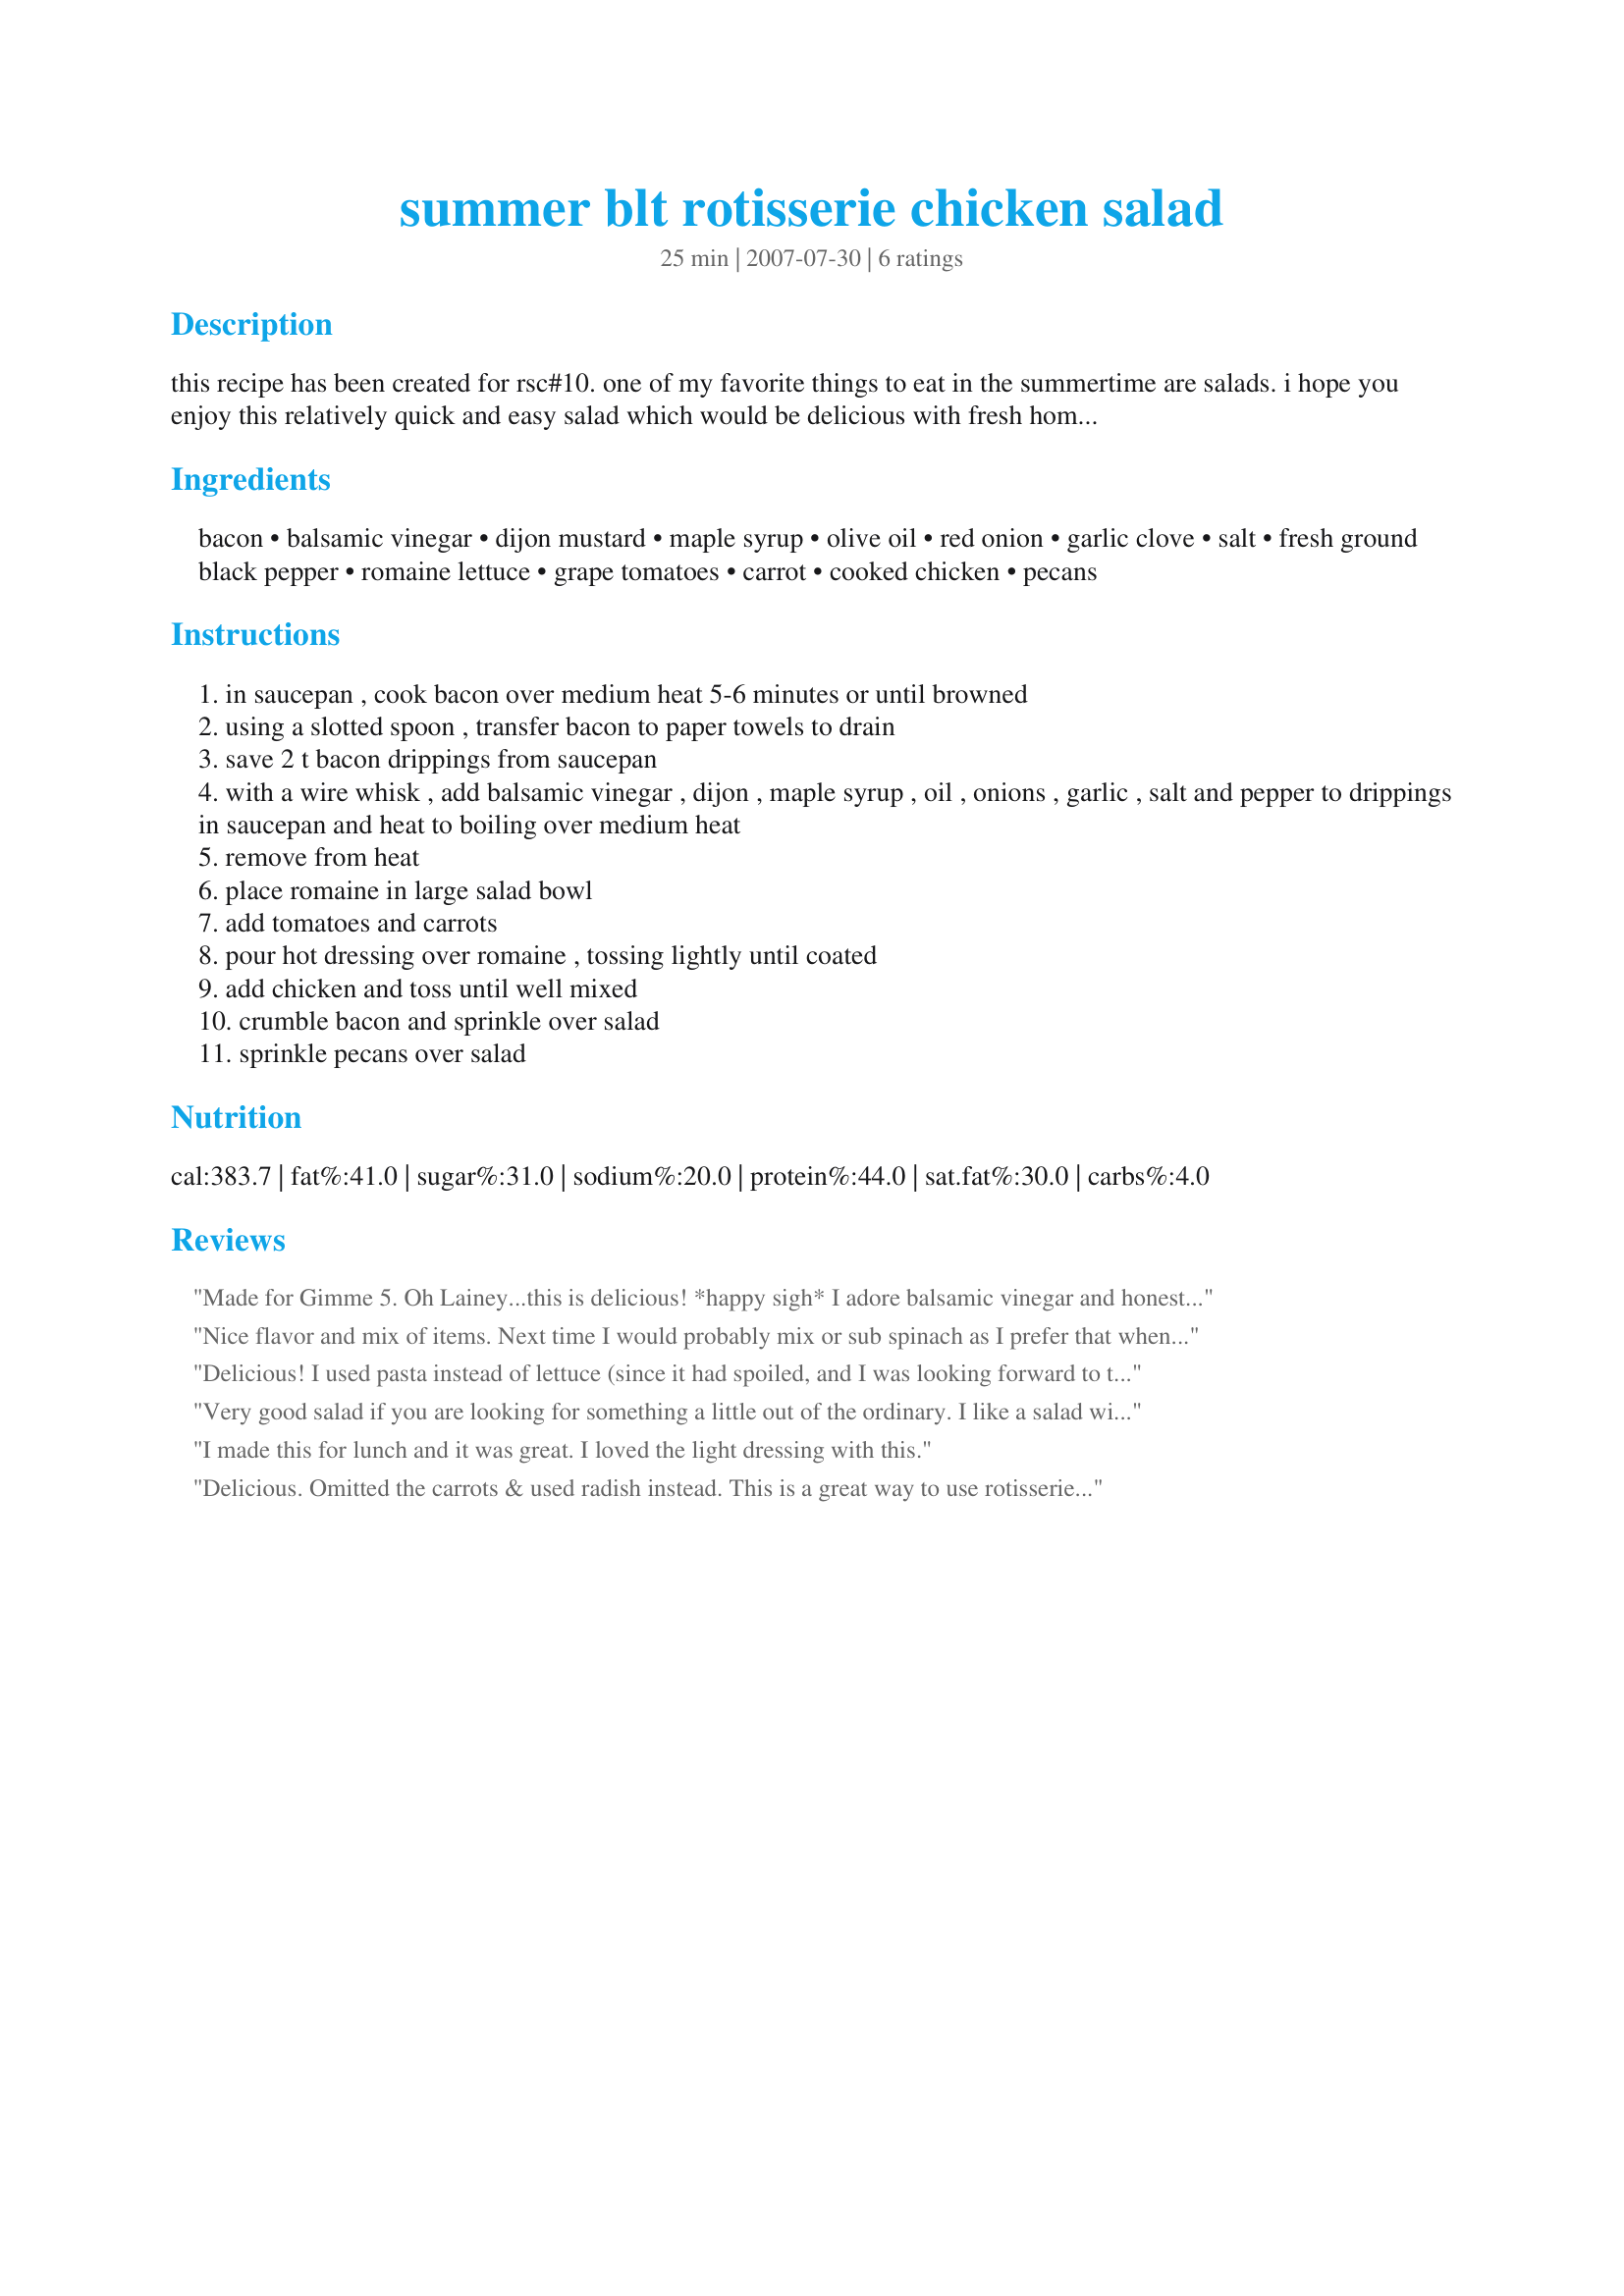
summer blt rotisserie chicken salad
Preparation time: 25 minutes

this recipe has been created for rsc#10. one of my favorite things to eat in the summertime are salads. i hope you enjoy this relatively quick and easy salad which would be delicious with fresh homegrown vegetables.

Ingredients:
bacon, balsamic vinegar, dijon mustard, maple syrup, olive oil, red onion, garlic clove, salt, fresh ground black pepper, romaine lettuce, grape tomatoes, carrot, cooked chicken, pecans

Steps:
in saucepan , cook bacon over medium heat 5-6 minutes or until browned
using a slotted spoon , transfer bacon to paper towels to drain
save 2 t bacon drippings from saucepan
with a wire whisk , add balsamic vinegar , dijon , maple syrup , oil , onions , garlic , salt and pepper to drippings in saucepan and heat to boiling over medium heat
remove from heat
place romaine in large salad bowl
add tomatoes and carrots
pour hot dressing over romaine , tossing lightly until coated
add chicken and toss until well mixed
crumble bacon and sprinkle over salad
sprinkle pecans over salad

Reviews:
Made for Gimme 5.
Oh Lainey...this is delicious!
*happy sigh*
I adore balsamic vinegar and honestly...anything with bacon HAS to be yummy!
A wonderful flavourful salad that is made simple and quick by using a store-bought rotisserie chicken!
Nice flavor and mix of items. Next time I would probably mix or sub spinach as I prefer that when mzaking a slightly wilted salad, but that is personal preference. This is a nice combo. Good luck - great entry for RSC #10.
Delicious! I used pasta instead of lettuce (since it had spoiled, and I was looking forward to the salad.) ZWT4 Flying Duchess'
Very good salad if you are looking for something a little out of the ordinary. I like a salad with a lot of veggies. I just didn't really care for the maple syrup flavor, maybe next time I'll try something else. But wilted salads are sexy. Thanks for posting.
I made this for lunch and it was great. I loved the light dressing with this.
Delicious. Omitted the carrots & used radish instead. This is a great way to use rotisserie or cooked chicken. I loved the dressing & this was a very easy recipe. Made for ZWT 4 by a Daffy Daffodil!
